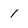
Character: 1